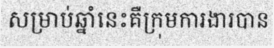
សម្រាប់ឆ្នាំនេះគឺក្រុមការងារបាន